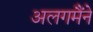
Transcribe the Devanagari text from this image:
अलगमैंने